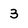
Character: 3